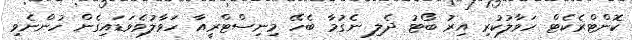
ކޮންޓްރެކެޓް ހަވާލުކުރި އިރު ބޯޓު ދެލި ނެގުމާ ބެހޭ މިނިސްޓްރީއާ ހަވާލުވެވަޑައިގެން ހުންނެވި